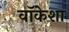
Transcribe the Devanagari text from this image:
वॉकेशा